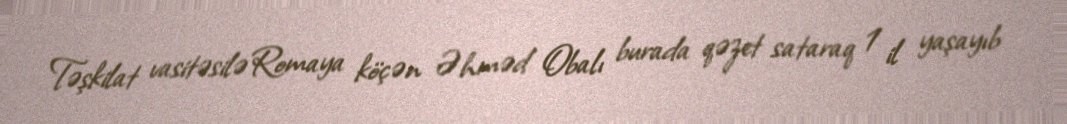
Təşkilat vasitəsilə Romaya köçən Əhməd Obalı burada qəzet sataraq 1 il yaşayıb